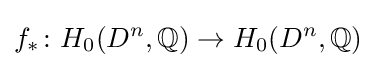
f_{*}\colon H_{0}(D^{n},\mathbb {Q} )\to H_{0}(D^{n},\mathbb {Q} )